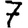
Digit: 7